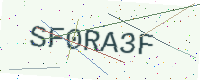
Text: SF0RA3F